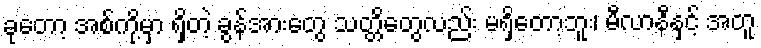
ခုတော့ အစ်ကို့မှာ ရှိတဲ့ ခွန်အားတွေ သတ္တိတွေလည်း မရှိတော့ဘူး၊ မီလာနီနှင့် အတူ